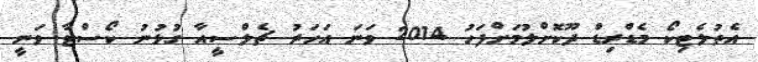
އެތުލެޓިކޯ މެޑްރިޑް ދޫކޮށްލުމަށްފަހު 2014 ވަނަ އަހަރު ޗެލްސީއާ ގުޅުނު ކޯސްޓާ ވަނީ